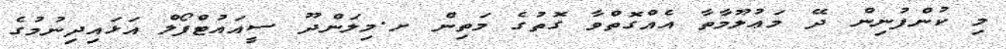
މި ކުންފުނިން ދޭ މަޢުލޫމާތާ އެއްގޮތްވާ ގޮތުގެ މަތިން ށ.މިލަންދޫ ސީއައުޓްފޯލް އަޅައިދިނުމުގެ